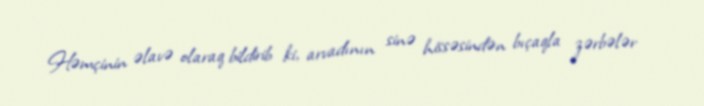
Həmçinin əlavə olaraq bildirib ki, arvadının sinə hissəsindən bıçaqla zərbələr